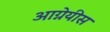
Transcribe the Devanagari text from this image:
आग्नेयीस